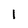
Character: 1